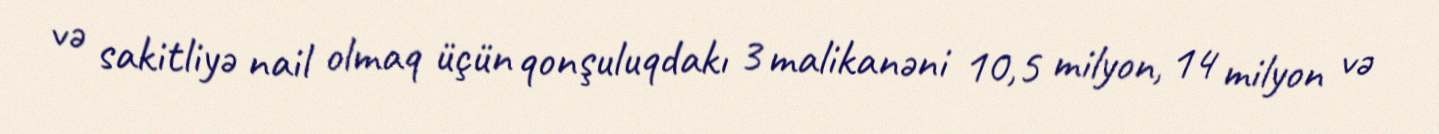
və sakitliyə nail olmaq üçün qonşuluqdakı 3 malikanəni 10,5 milyon, 14 milyon və